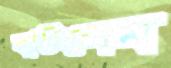
বাটলেম